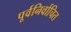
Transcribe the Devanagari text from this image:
पूर्वनिर्वाचित